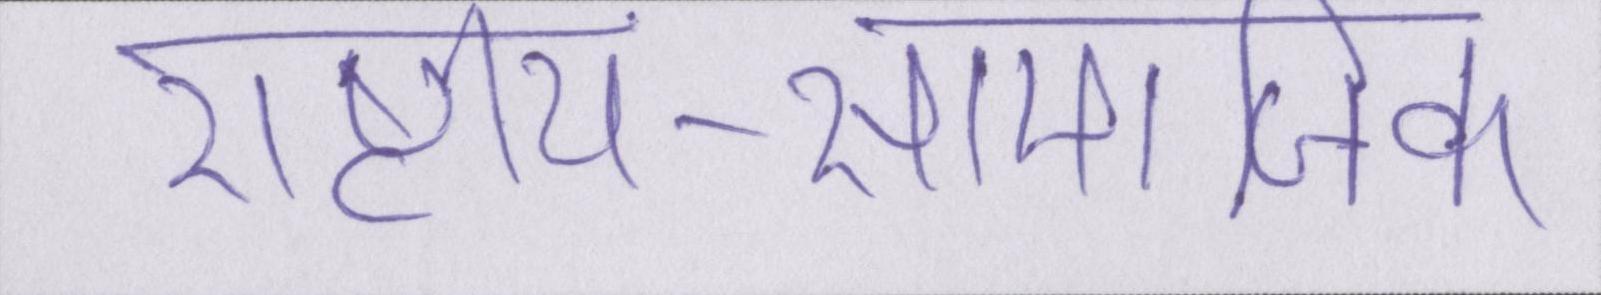
राष्ट्रीय-सामाजिक